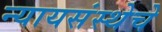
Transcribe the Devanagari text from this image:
न्यायसंस्थेचे